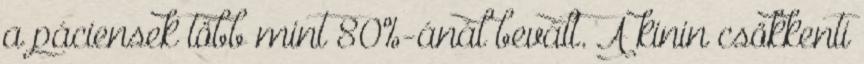
a páciensek több mint 80%-ánál bevált. A kinin csökkenti